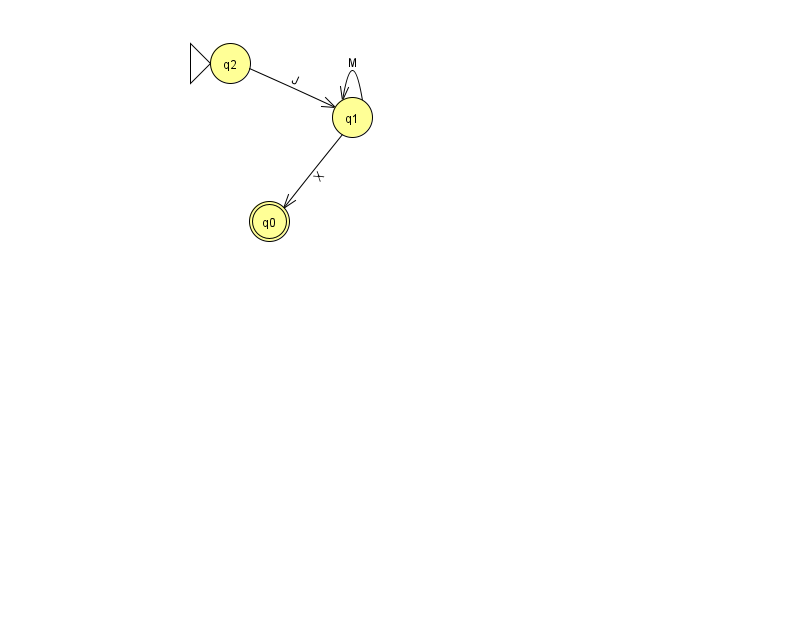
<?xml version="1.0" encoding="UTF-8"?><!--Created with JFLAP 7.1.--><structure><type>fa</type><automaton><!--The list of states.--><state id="0" name="q0"><x>269.0</x><y>208.0</y><final/></state><state id="1" name="q1"><x>352.0</x><y>104.0</y></state><state id="2" name="q2"><x>230.0</x><y>50.0</y><initial/></state><!--The list of transitions.--><transition><from>2</from><to>1</to><read>J</read></transition><transition><from>1</from><to>1</to><read>M</read></transition><transition><from>1</from><to>0</to><read>X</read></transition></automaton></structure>